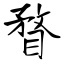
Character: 瞀